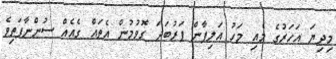
މިދިޔަ އަހަރުގެ މެއި މަހު އަލިފާން ފަރުބަދަ ގޮވުމުން އެތައް ގެއެއް ސުންނާފަތިވެ